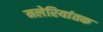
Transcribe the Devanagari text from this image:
मलेरियांतक